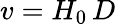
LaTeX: v=H_{0}\, D